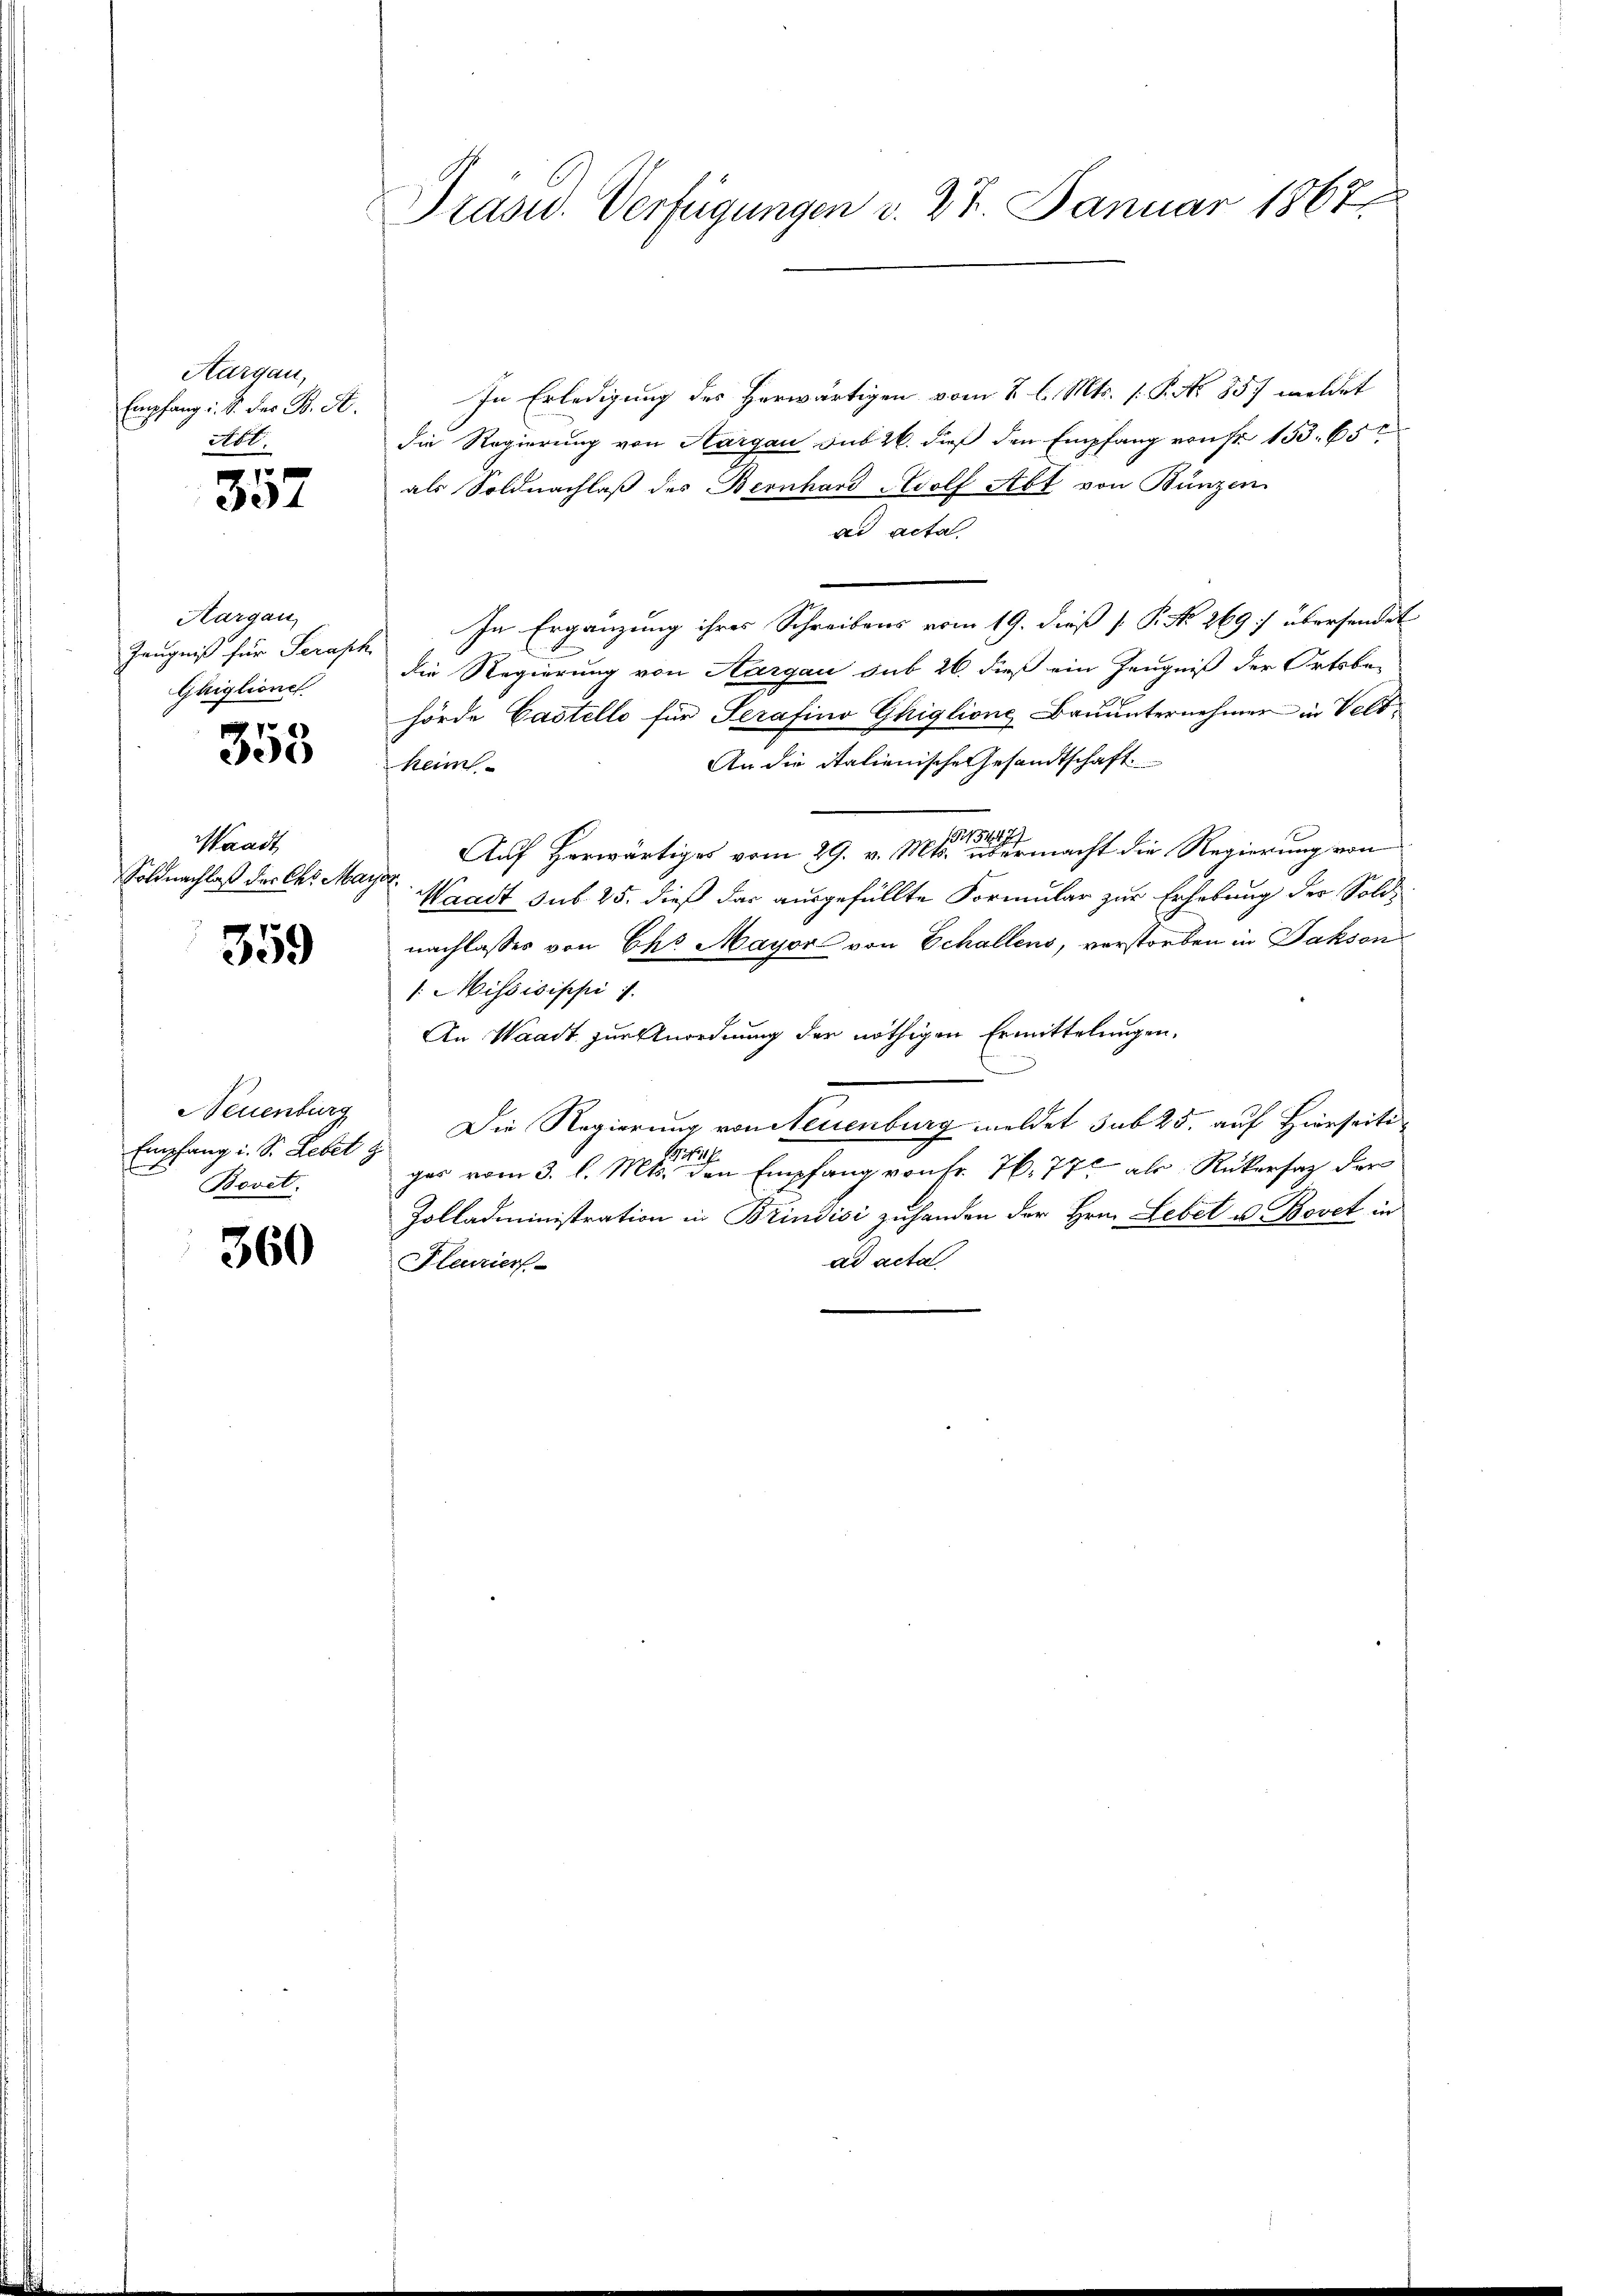
Aargau,
Empfang i. S. des B. A.
Abt.
 7

331

Aargau,
Zeugniß für Seraph
Ghiglione

358

Waadt,
Soldnachlaß der Chr. Mai

359

NNeuenburg
Empfang i. S. Lebet z
Bovet.

360

Präsid. Verfügungen v. 27. Januar 1867

In Erledigung des Herwärtigen vom 2. l. Mts. 1 Pkt. 857 wildet
die Regierung von Aargau sub 26. dieß den Empfang von Fr. 153. 65
als Soldnachlaß des Bernhard Adolf Abt von Bünzen
ad acta
In Ergänzung ihres Schreibens vom 19. dieß [ P. No 269] übersendet
die Regierung von Aargau sub 26. dieß ein Zeugniß der Ortsbe-
hörde Castelle für Serafino Ghiglione Bauunternehmen in Velt¬
An die italienische Gesandtschaft
kein
Auf herwärtiges vom 29. v. Mts. einen ermacht die Regierung von
Waadt sub. 25. dieß das ausgefüllte Formular zur Erhebung der Soldnachlasses von Chr. Mayor von Schallens, verstorben in Fakson
1. Missisippi
An Waadt zur Anordnung der nöthigen Ermittelungen.
Die Regierung von Steuenburg meldet sub 25. auf Hierseiti¬
BG. 151 f.
ges vom 3. l. Mts. den Empfang von Fr. 76, 77 als Rükersaz der
Zolladministration in Brindici zuhanden der Hrn. Lebet u. Bovet in
ad acta
Fleuzier